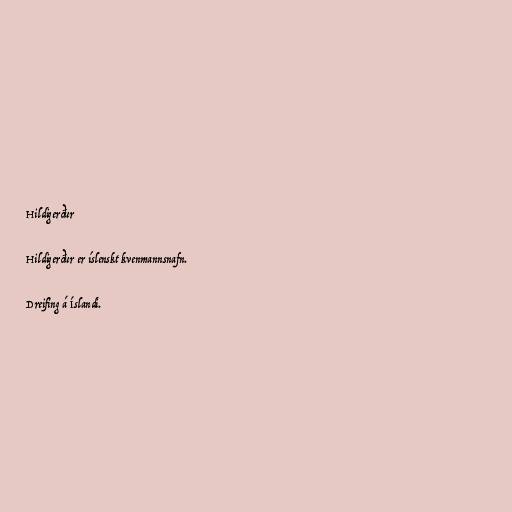
Hildigerður

Hildigerður er íslenskt kvenmannsnafn.

Dreifing á Íslandi.